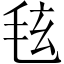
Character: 𪵚